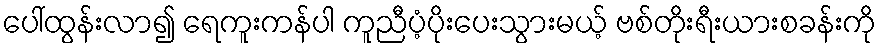
ပေါ်ထွန်းလာ၍ ရေကူးကန်ပါ ကူညီပံ့ပိုးပေးသွားမယ့် ဗစ်တိုးရီးယားစခန်းကို